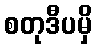
စတုဒီပမှိ